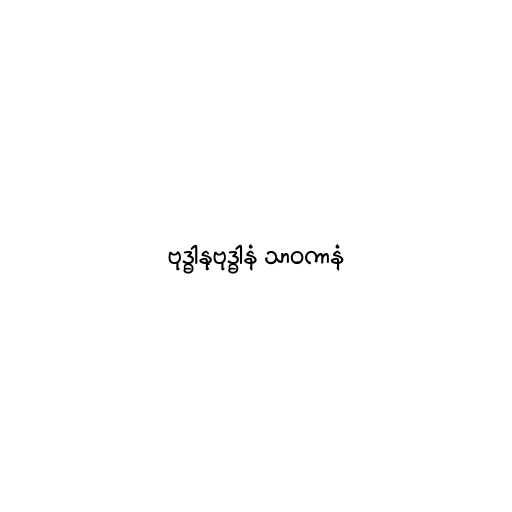
ဗုဒ္ဓါနုဗုဒ္ဓါနံ သာဝကာနံ